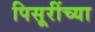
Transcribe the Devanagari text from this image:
पिसूरींच्या